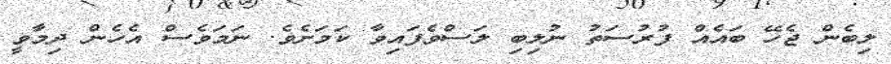
ލިބެން ޖެހޭ ބައެއް ފުރުސަތު ނުލިބި ލަސްވެފައިވާ ކަމަށެވެ. ނަމަވެސް އެހެން ދިމާވީ